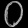
Digit: ၀